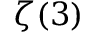
\zeta ( 3 )